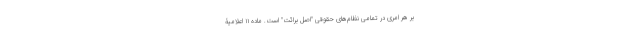
بر هر امری در تمامی نظام‌های حقوقی "اصل برائت" است. ماده ۱۱ اعلامیۀ